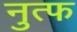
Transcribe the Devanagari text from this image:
नुत्फ